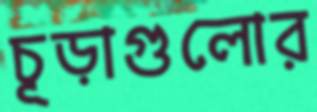
চূড়াগুলোর